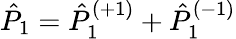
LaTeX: \hat{P}_{1}=\hat{P}_{1}^{(+1)}+\hat{P}_{1}^{(-1)}